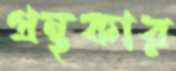
গ্রন্থকার